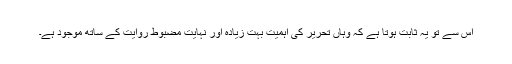
اس سے تو یہ ثابت ہوتا ہے کہ وہاں تحریر کی اہمیت بہت زیادہ اور نہایت مضبوط روایت کے ساتھ موجود ہے۔